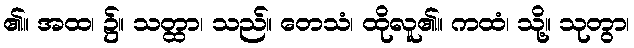
၏။ အထ၊ ၌။ သတ္ထာ၊ သည်။ တေသံ၊ ထိုလူ၏။ ကထံ၊ သို့။ သုတွာ၊